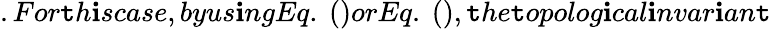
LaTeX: .For\mathtt{t}h\mathbf{i}scase,byus\mathbf{i}ngEq.~()orEq.~(),\mathtt{t}he\mathtt{t}opolog\mathbf{i}cal\mathbf{i}nvar\mathbf{i}an\mathtt{t}